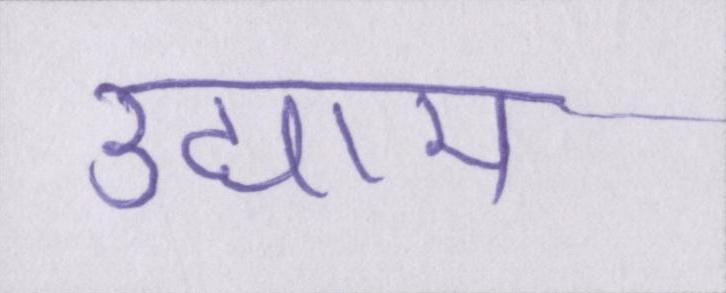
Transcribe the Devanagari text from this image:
उद्याम